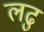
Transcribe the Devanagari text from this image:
लढु